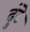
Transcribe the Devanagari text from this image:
ढुंढे